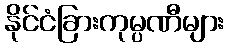
နိုင်ငံခြားကုမ္ပဏီများ